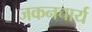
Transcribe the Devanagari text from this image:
जकनचार्य